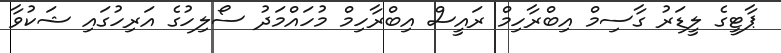
ޕާޓީގެ ލީޑަރު ގާސިމް އިބްރާހިމް ރައީސް އިބްރާހިމް މުހައްމަދު ސޯލިހުގެ އަރިހުގައި ޝަކުވާ